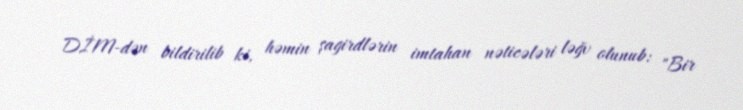
DİM-dən bildirilib ki, həmin şagirdlərin imtahan nəticələri ləğv olunub: "Bir